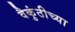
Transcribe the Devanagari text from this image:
वैकुंठीच्या